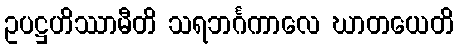
ဥပဋ္ဌဟိဿာမီတိ သရဘင်္ဂကာလေ ဃာတယေတိ